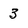
Character: 3